NAE_ERA_R-30_Eesti_Riiklik_Spordiamet, lk 139
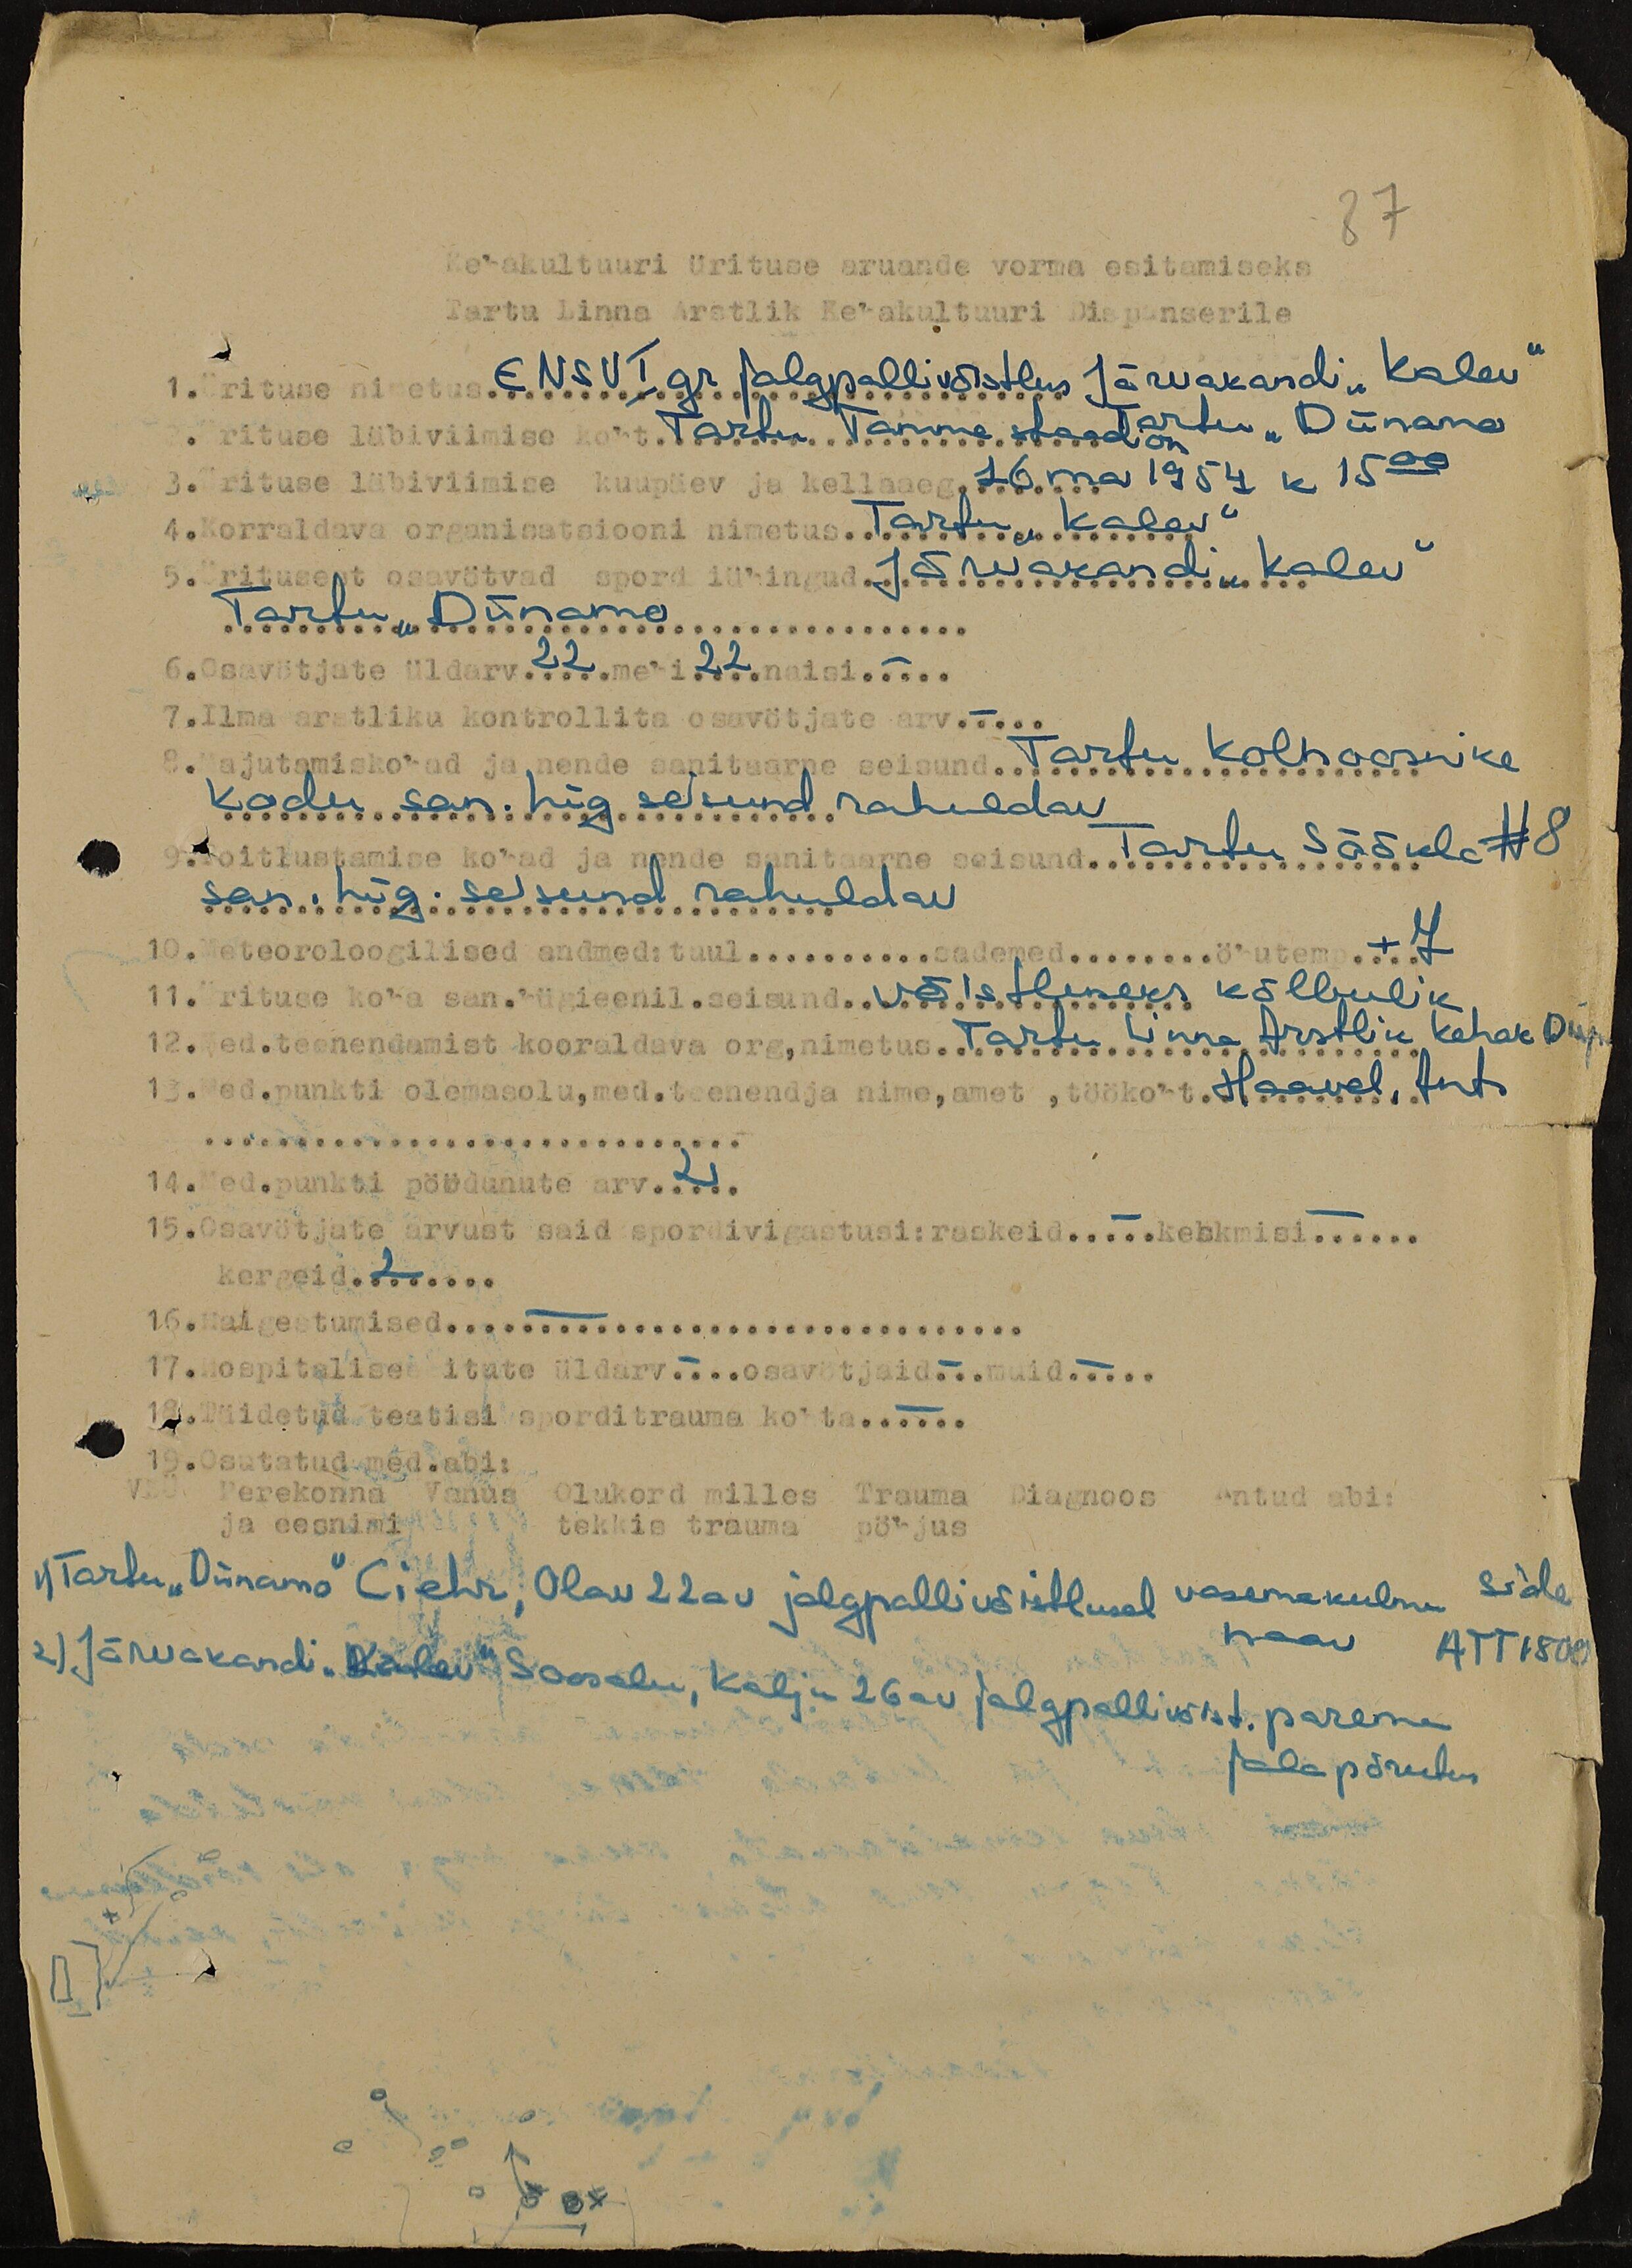
87
Kehakultuuri ürituse aruande vorma esitamiseks
Tartu Linna Arstlik Kehakultuuri Dispanserile
1. Ürituse nimetus ENSV I gr  jalgpallivõistlus Järvakandi "Kalev"
Tartu "Dünamo
2 . Ürituse läbiviimise koht Tartu Tamme staadion
3. Ürituse läbiviimise kuupäev ja kellaaeg 16. mai 1954 k 15 00
4. Korraldava organisatsiooni nimetus Tartu "Kalev"
5. Üritusest osavötvad spordiühingud Järvakandi "Kalev"
Tartu "Dünamo
6. Osavötjate üldarv 22 mehi 22 naisi -
7. Ilma arstliku kontrollita osavötjate arv -
8. Majutamiskohad ja nende sanitaarne seisund Tartu kolhoosnike
kodu san. hüg seisund rahuldav
9. Toitlustamise kohad ja nende sanitaarne seisund Tartu Söökla N8
san. hüg. seisund rahuldav
10. Meteoroloogilised andmed: tuul sademed öhutemp +7
11. Ürituse koha san. hügieenil. seisund võistluseks kõlbulik
12. Med. teenendamist kooraldava org, nimetus Tartu Linna Arstlik Kehak Disp.
13. Med. punkti olemasolu, med. teenendja nime, amet, töökoht Haavel, Ants
14. Med.punkti pöödunute arv 2
15. Osavötjate arvust said spordivigastusi: raskeid - keskmisi -
kergeid 2
16. Haigestumised -
17. Hospitaliseeritute üldarv - osavötjaid - muid -
18. Täidetud teatisi sporditrauma kohta -
19. Osutatud med. abi:
VKÜ
Perekonna
ja eesnimi
Vanus
Olukord milles
tekkis trauma
Trauma
pöhjus
Diagnoos
Antud abi:
1) Tartu "Dünamo" Ciehr, Olav 22av jalgpallivõitlusel vasema kulmu side
haav ATT 1800
2) Järvakandi "Kalev" Soosalu, Kalju 26av jalgpallivõist. parema
jala põrutus.